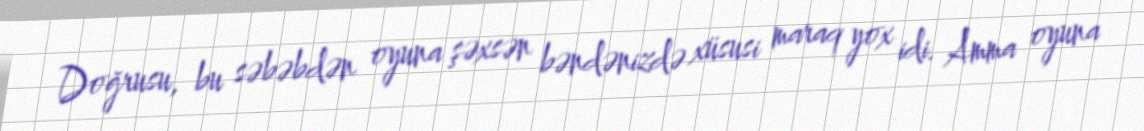
Doğrusu, bu səbəbdən oyuna şəxsən bəndənizdə xüsusi maraq yox idi. Amma oyuna